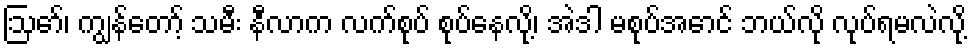
ဩော်၊ ကျွန်တော့် သမီး နီလာက လက်စုပ် စုပ်နေလို့၊ အဲဒါ မစုပ်အောင် ဘယ်လို လုပ်ရမလဲလို့